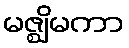
မဇ္ဈိမကာ